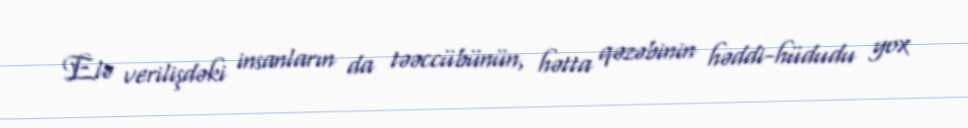
Elə verilişdəki insanların da təəccübünün, hətta qəzəbinin həddi-hüdudu yox